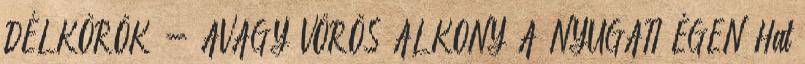
DÉLKÖRÖK - AVAGY VÖRÖS ALKONY A NYUGATI ÉGEN Hat